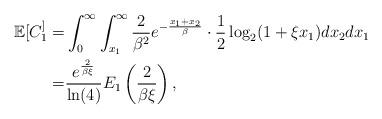
LaTeX: \begin{align*}\mathbb{E}[ C_1^ ] =& \int_0^\infty\int_{x_1}^\infty \frac{2}{\beta^2}e^{-\frac{x_1+x_2}{\beta}}\cdot\frac{1}{2}\log_2(1 + \xi x_1)dx_2 dx_1 \\=& \frac{e^{\frac{2}{\beta\xi}}}{\ln(4)} E_1\left(\frac{2}{\beta\xi}\right),\end{align*}